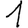
Digit: 1